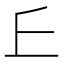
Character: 𠀉